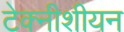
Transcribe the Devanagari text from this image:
टेक्नीशीयन